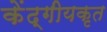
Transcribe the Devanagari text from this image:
केंद्गीयकृत